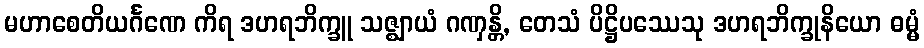
မဟာစေတိယင်္ဂဏေ ကိရ ဒဟရဘိက္ခူ သဇ္ဈာယံ ဂဏှန္တိ, တေသံ ပိဋ္ဌိပဿေသု ဒဟရဘိက္ခုနိယော ဓမ္မံ